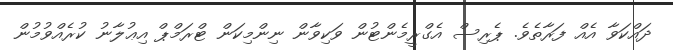
ދައްކަވާ އެއް ފަރާތެވެ. ޕެރިސް އެގްރީމެންޓުން ވަކިވާން ނިންމިކަން ޓްރަމްޕް އިޢުލާނު ކުރެއްވުމުން